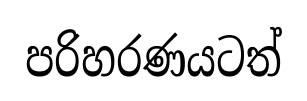
පරිහරණයටත්